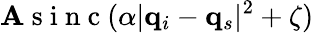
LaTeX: \mathbf{A}\mathrm{{~s~i~n~c~}}(\alpha|\mathbf{{q}}_{i}-\mathbf{{q}}_{s}|^{2}+\zeta)